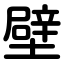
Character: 壁